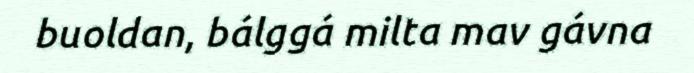
buoldan, bálggá milta mav gávna